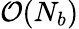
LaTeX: \mathcal{O}(N_{b})